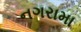
નગરામા